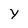
Character: Y